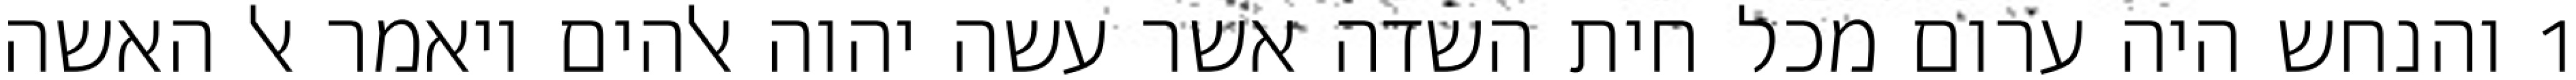
1 והנחש היה ערום מכל חית השדה אשר עשה יהוה אלהים ויאמר אל האשה